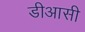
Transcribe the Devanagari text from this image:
डीआसी